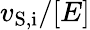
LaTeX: v_{\mathrm{S,i}}/[E]